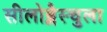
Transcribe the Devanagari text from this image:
सीलोब्लैस्चुला